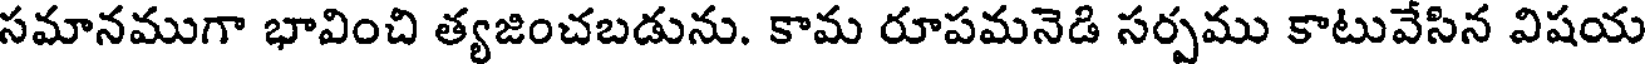
సమానముగా భావించి త్యజించబడును. కామ రూపమనెడి సర్పము కాటువేసిన విషయ